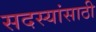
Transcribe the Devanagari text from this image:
सदस्यांसाठी